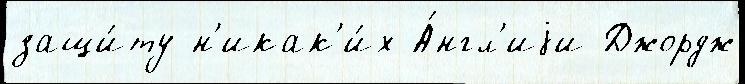
защи́ту н'икак'и́х А́нгл'иjи Джордж